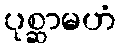
ပုစ္ဆာမဟံ